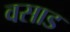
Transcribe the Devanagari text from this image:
वसाड